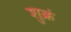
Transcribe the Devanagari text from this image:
शुक्रं